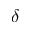
\delta